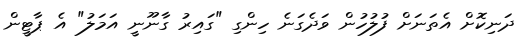
ދަނިކޮށް އެތަނަށް ފުލުހުން ވަދެގަނެ ހިންގި "ގަައިރު ގާނޫނީ އަމަލު" އެ ޕާޓީން